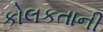
કોલકતાની